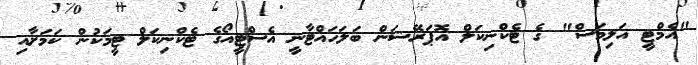
"އެމްޓީ އަލިމަސް" ގެ ޓެކްނިކަލް އޮޕަރޭޝަން ބަލަހައްޓާނީ އެސްޓީއޯގެ ޓެކްނިކަލް ޓީމަކުން ކަމަށާއި